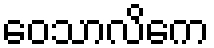
ဝေသာလိကေ